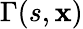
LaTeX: \Gamma(s,\mathbf{x})